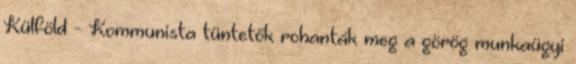
Külföld - Kommunista tüntetők rohanták meg a görög munkaügyi